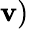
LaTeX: \mathbf{v})